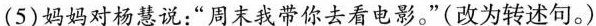
(5)妈妈对杨慧说：”周末我带你去看电影。”(改为转述句。)